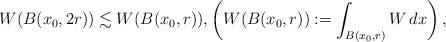
LaTeX: \begin{align*}W(B(x_0, 2r)) \lesssim W(B(x_0,r)), \left( W(B(x_0,r)) := \int_{B(x_0,r)} W \,dx\right),\end{align*}